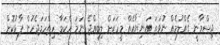
ޖިސްމާނީ ގެއްލުމެއް ނުވަތަ އަނިޔާއެއް މީހަކަށް ލިބިއްޖެ ނަމަ އެކަމާ ހިތްހަމަޖެހުން ފާޅުކޮށް